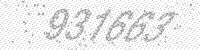
Solution: 937663